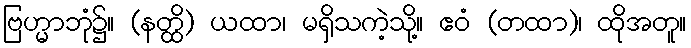
ဗြဟ္မာဘုံ၌။ (နတ္ထိ) ယထာ၊ မရှိသကဲ့သို့။ ဧဝံ (တထာ)၊ ထိုအတူ။